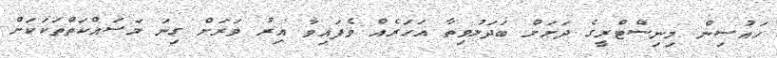
ހައުސިން މިނިސްޓްރީގެ ދަށަށް ބަދަލުވިތާ އަހަރެއް ވެފައިވާ އިރު ވަރަށް ގިނަ މަސައްކަތްތަކަކަށް